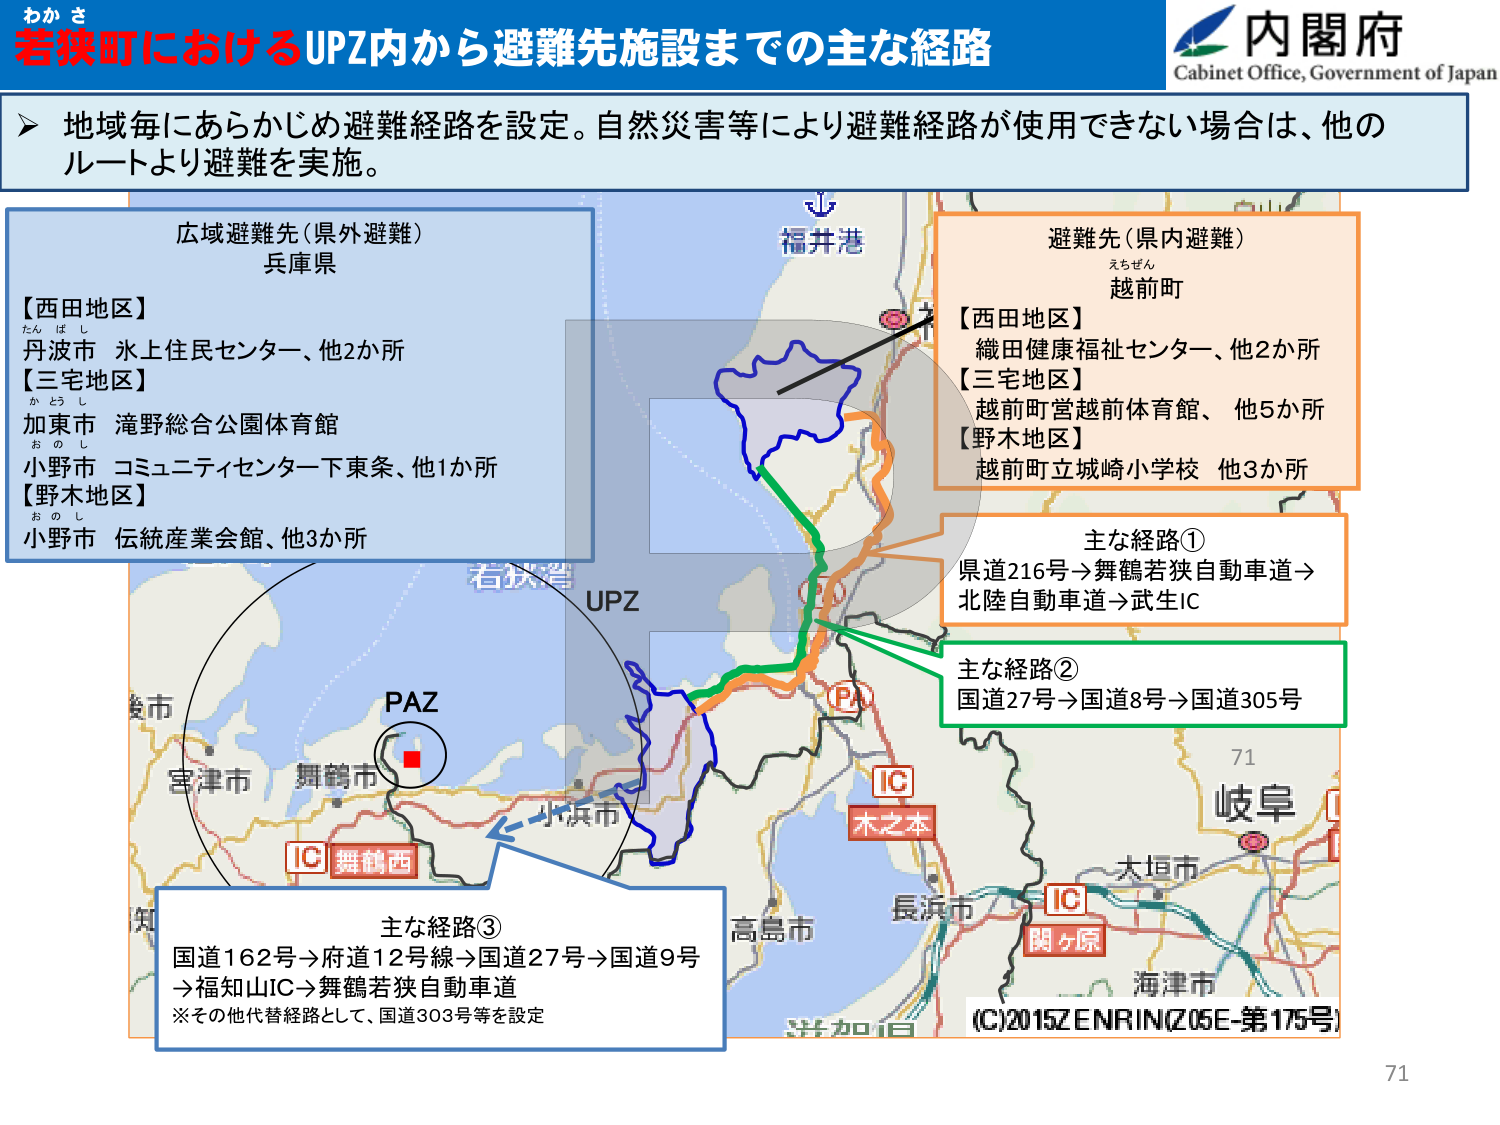
わかさ
若狭町におけるUPZ内から避難先施設までの主な経路
内閣府
Cabinet Office, Government of Japan

地域毎にあらかじめ避難経路を設定。自然災害等により避難経路が使用できない場合は、他のルートより避難を実施。

広域避難先（県外避難）
兵庫県

【西田地区】
丹波市 水上住民センター、他2か所
【三宅地区】
加東市 滝野総合公園体育館
小野市 コミュニティセンター下東条、他1か所
【野木地区】
小野市 伝統産業会館、他3か所

福井港

避難先（県内避難）
えちぜん
越前町

【西田地区】
織田健康福祉センター、他2か所
【三宅地区】
越前町営越前体育館、他5か所
【野木地区】
越前町立城崎小学校 他3か所

主な経路①
県道216号→舞鶴若狭自動車道→
北陸自動車道→武生IC

主な経路②
国道27号→国道8号→国道305号

UPZ
PAZ
舞鶴市
小浜市
IC 舞鶴西
IC 木之本
IC 関ヶ原
宮津市
高島市
長浜市
大垣市
岐阜
海津市
若狭湾
※その他代替経路として、国道303号等を設定

主な経路③
国道162号→府道12号線→国道27号→国道9号
→福知山IC→舞鶴若狭自動車道

(C)2015ZENRIN(Z05E-第175号)
71